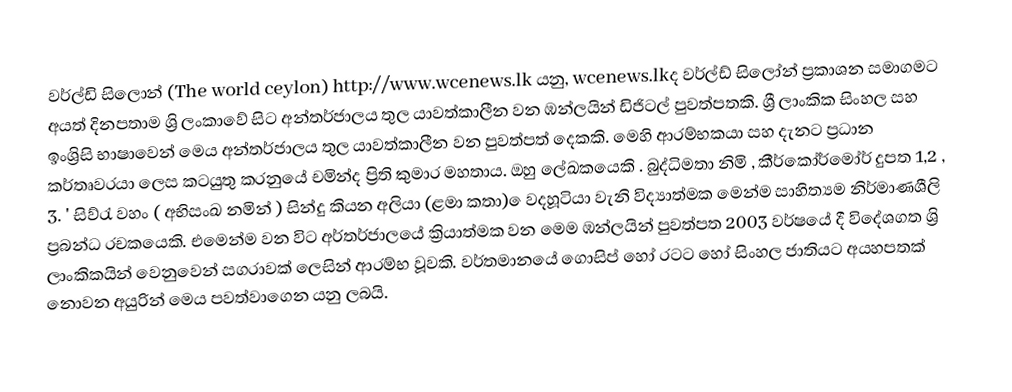
වර්ල්ඩි සිලොන් (The world ceylon) http://www.wcenews.lk යනු, wcenews.lkද වර්ල්ඩ් සිලෝන් ප්‍රකාශන සමාගමට අයත් දිනපතාම ශ්‍රි ලංකාවේ සිට අන්තර්ජාලය තුල යාවත්කාලීන වන ඹන්ලයින් ඩිජිටල් පුවත්පතකි. ශ්‍රී ලාංකික සිංහල සහ ඉංශ්‍රිසි භාෂාවෙන් මෙය අන්තර්ජාලය තුල යාවත්කාලීන වන පුවත්පත් දෙකකි. මෙහි ආරම්භකයා සහ දැනට ප්‍රධාන කර්තෘවරයා ලෙස කටයුතු කරනුයේ චමින්ද ප්‍රිති කුමාර මහතාය. ඔහු ලේඛකයෙකි . බුද්ධිමතා නිමි , කීර්කෝර්මෝර් දුපත 1,2 , 3. ' සිව්රැ වහං ( අභිසංඛ නමින් ) සින්දු කියන අලියා (ළමා කතා) ෙවදහූටියා  වැනි විද්‍යාත්මක මෙන්ම සාහිත්‍යම නිර්මාණශීලි ප්‍රබන්ධ රචකයෙකි. එමෙන්ම වන විට අර්තර්ජාලයේ ක්‍රියාත්මක වන මෙම ඹන්ලයින් පුවත්පත 2003 වර්ෂයේ දී විදේශගත ශ්‍රි ලාංකිකයින් වෙනුවෙන් සගරාවක් ලෙසින් ආරම්භ වූවකි. වර්තමානයේ ගොසිප් හෝ රටට හෝ සිංහල ජාතියට අයහපතක් නොවන අයුරින් මෙය පවත්වාගෙන යනු ලබයි.